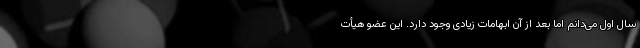
سال اول می‌دانم اما بعد از آن ابهامات زیادی وجود دارد. این عضو هیأت